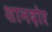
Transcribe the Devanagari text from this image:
शानदोर